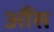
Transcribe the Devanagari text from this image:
आैंस